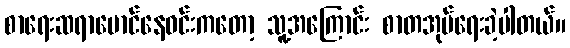
စာရေးဆရာမောင်နေဝင်းကတော့ သူ့အကြောင်း စာတအုပ်ရေးခဲ့ပါတယ်။